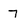
Character: 7